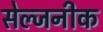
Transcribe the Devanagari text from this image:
सेल्जनीक